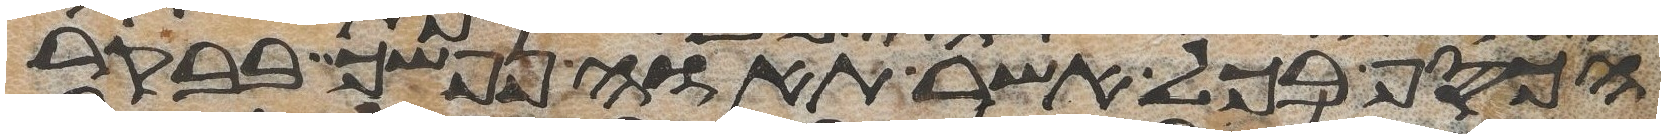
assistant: הכסף בכל אשר תאוה נפשך בבקר